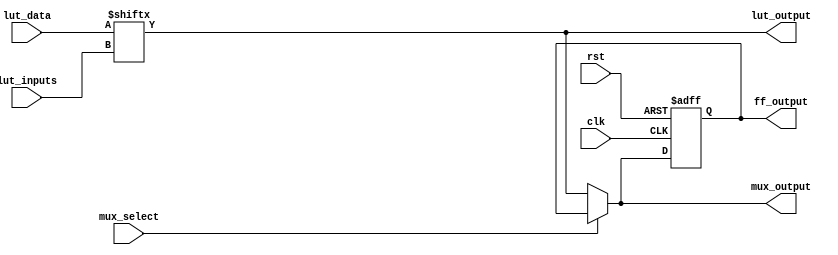
module ConfigurableLogicBlock (
    input wire [3:0] lut_inputs,      // Inputs to the LUT
    input wire [15:0] lut_data,        // LUT configuration data (16 entries for 4 inputs)
    input wire mux_select,             // MUX select signal
    input wire clk,                     // Clock for FF
    input wire rst,                     // Reset signal
    output wire lut_output,             // Output from the LUT
    output wire mux_output,             // Output from the MUX
    output reg ff_output                // Output from the Flip-Flop
);

// Look-Up Table (LUT)
reg [3:0] lut_index;
assign lut_index = lut_inputs; // Use inputs as index for LUT
assign lut_output = lut_data[lut_index]; // Output based on LUT data

// 2-to-1 Multiplexer
wire mux_input0; // First input to MUX
wire mux_input1; // Second input to MUX
assign mux_input0 = lut_output; // Connect LUT output to MUX input 0
assign mux_input1 = ff_output;   // Connect FF output to MUX input 1
assign mux_output = mux_select ? mux_input1 : mux_input0; // MUX output based on select signal

// Flip-Flop
always @(posedge clk or posedge rst) begin
    if (rst) begin
        ff_output <= 1'b0; // Reset FF output
    end else begin
        ff_output <= mux_output; // Store MUX output in FF
    end
end

endmodule